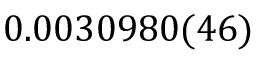
0 . 0 0 3 0 9 8 0 ( 4 6 )